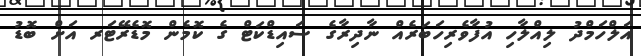
އަލްހަމްދު ލިއްލާހި އުފާވެރިހަބަރެއް ނާދިރާގެ ސައިޑްކަޓް ގެ ކޮމެން މޮޑެރޭޓަރ އަށް ބޮޑު